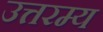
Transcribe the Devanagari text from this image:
उत्तरम्य